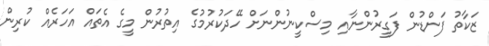
ޒަކާތު ފަންޑުން ފަގީރުންނާއި މިސްކީނުންނަށް ހޭދަކުރުމުގެ އިތުރުން މީގެ އެތައް އަހަރެއް ކުރިން